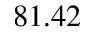
8 1 . 4 2